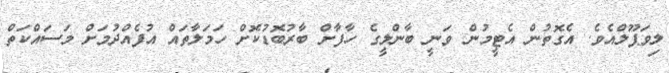
ލިވަޕޫލްއެވެ. އެގޮތުން އެޓީމުން ވަނީ ބާންލީގެ ހާފާށް ބާރުބޮޑުކޮށް ހަމަލާތައް އުފެއްދުމަށް މަސައްކަތް